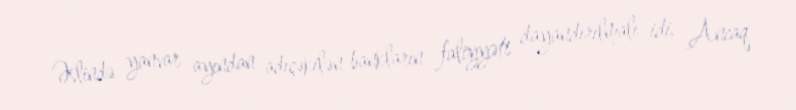
Əslində yanvar ayından adıçəkilən bankların faliyyəti dayandırılmalı idi. Ancaq